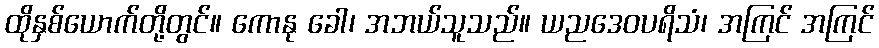
ထိုနှစ်ယောက်တို့တွင်။ ကောနု ခေါ၊ အဘယ်သူသည်။ ယညဒေဝပရိသံ၊ အကြင် အကြင်